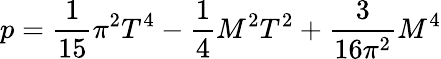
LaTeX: p=\frac{1}{15}\pi^{2}T^{4}-\frac{1}{4}M^{2}T^{2}+\frac{3}{16\pi^{2}}M^{4}